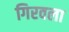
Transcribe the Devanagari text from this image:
गिरवला